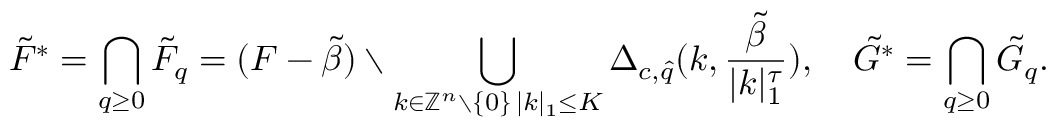
\tilde { F } ^ { * } = \bigcap _ { q \geq 0 } \tilde { F } _ { q } = ( F - \tilde { \beta } ) \setminus \bigcup _ { \substack { k \in \mathbb { Z } ^ { n } \setminus \{ 0 \} \, | k | _ { 1 } \leq K } } \Delta _ { c , \hat { q } } ( k , \frac { \tilde { \beta } } { | k | _ { 1 } ^ { \tau } } ) , \quad \tilde { G } ^ { * } = \bigcap _ { q \geq 0 } \tilde { G } _ { q } .